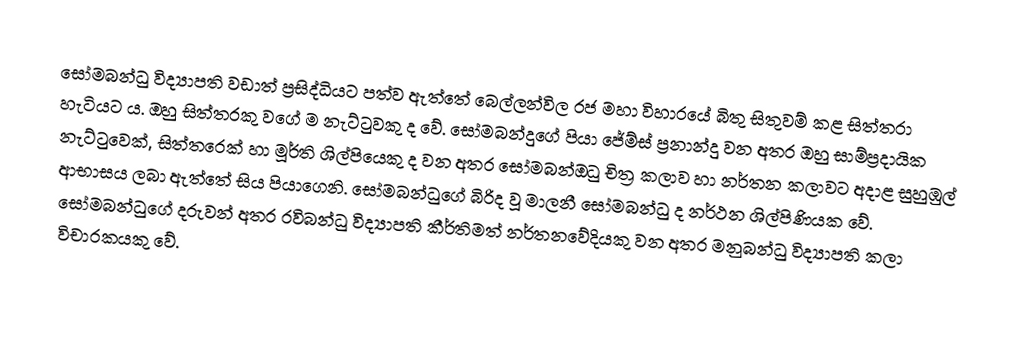
සෝමබන්ධු විද්‍යාපති වඩාත් ප්‍රසිද්ධියට පත්ව ඇත්තේ බෙල්ලන්විල රජ මහා විහාරයේ බිතු සිතුවම් කළ සිත්තරා හැටියට ය.  ඔහු සිත්තරකු වගේ ම නැට්ටුවකු ද වේ. සෝමබන්දුගේ පියා ජේම්ස් ප්‍රනාන්දු වන අතර ඔහු සාම්ප්‍රදායික නැට්ටුවෙක්, සිත්තරෙක් හා මූර්ති ශිල්පියෙකු ද වන අතර සෝමබන්ඔධු චිත්‍ර කලාව හා නර්තන කලාවට අදාළ සුහුඹුල් ආභාසය ලබා ඇත්තේ සිය පියාගෙනි. සෝමබන්ධුගේ  බිරිද වූ මාලනී සෝමබන්ධු ද නර්ථන ශිල්පිණියක වේ. සෝමබන්ධුගේ දරුවන් අතර රවිබන්ධු විද්‍යාපති කීර්තිමත් නර්තනවේදියකු වන අතර මනුබන්ධු විද්‍යාපති කලා විචාරකයකු වේ.